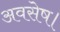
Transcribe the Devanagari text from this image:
अवसेष।